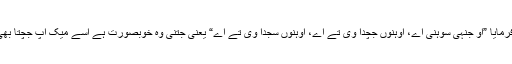
آپ نے فرمایا ”او جنہی سوہنی اے، اوہنوں جچدا وی تے اے، اوہنوں سجدا وی تے اے“ یعنی جتنی وہ خوبصورت ہے اسے میک اپ جچتا بھی تو ہے۔